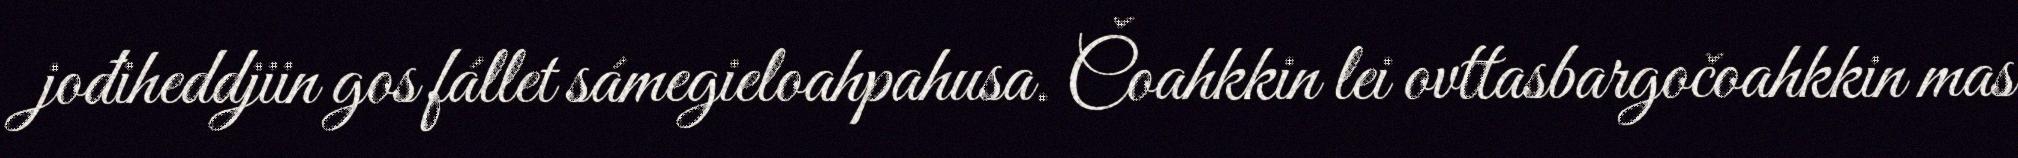
jođiheddjiin gos fállet sámegieloahpahusa. Čoahkkin lei ovttasbargočoahkkin mas